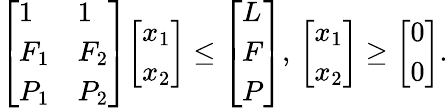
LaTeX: {\left[\begin{array}{ll}{1}&{1}\\ {F_{1}}&{F_{2}}\\ {P_{1}}&{P_{2}}\end{array}\right]}{\left[\begin{array}{l}{x_{1}}\\ {x_{2}}\end{array}\right]}\leq{\left[\begin{array}{l}{L}\\ {F}\\ {P}\end{array}\right]},\, {\left[\begin{array}{l}{x_{1}}\\ {x_{2}}\end{array}\right]}\geq{\left[\begin{array}{l}{0}\\ {0}\end{array}\right]}.